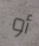
أو